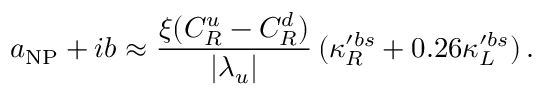
a _ { \mathrm { N P } } + i b \approx \frac { \xi ( C _ { R } ^ { u } - C _ { R } ^ { d } ) } { | \lambda _ { u } | } \, ( \kappa _ { R } ^ { \prime b s } + 0 . 2 6 \kappa _ { L } ^ { \prime b s } ) \, .